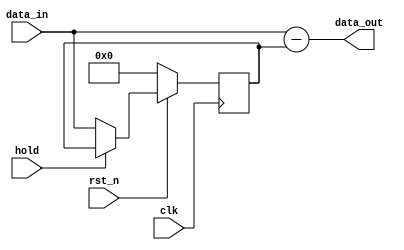
`timescale 1ns / 1ps
//////////////////////////////////////////////////////////////////////////////////
// Company: 
// Engineer: 
// 
// Design Name: 
// Module Name:    differentiator 
// Project Name: 
// Target Devices: 
// Tool versions: 
// Description: 
//
// Dependencies: 
//
// Revision: 
// Revision 0.01 - File Created
// Additional Comments: 
//
//////////////////////////////////////////////////////////////////////////////////
module differentiator #(parameter word_size = 8)
						( output [word_size - 1 : 0] data_out,
						  input  [word_size - 1 : 0] data_in,
						  input                      hold,
						  input                      clk,rst_n
							);
	
	reg [word_size - 1 : 0] buffer;
	assign data_out = data_in - buffer;
	
	always @ (posedge clk) begin
		if(!rst_n)
			buffer <= 0;
		else if(hold)
			buffer <= buffer;
		else
			buffer <= data_in;
	end
		


endmodule